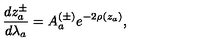
\frac { d z _ { a } ^ { \pm } } { d \lambda _ { a } } = A _ { a } ^ { ( \pm ) } e ^ { - 2 \rho ( z _ { a } ) } ,